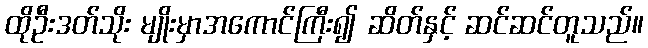
ထိုဦးဒတ်သိုး မျိုးမှာအကောင်ကြီး၍ ဆိတ်နှင့် ဆင်ဆင်တူသည်။